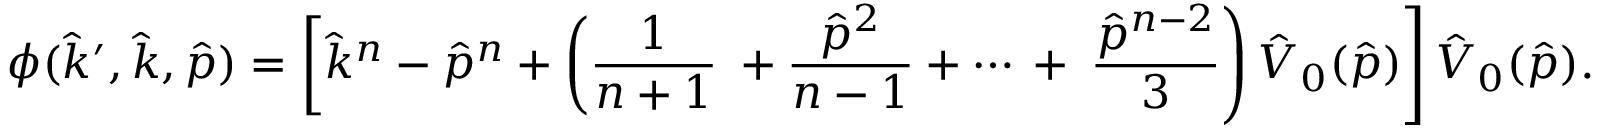
\phi ( \hat { k } ^ { \prime } , \hat { k } , \hat { p } ) = \left[ \hat { k } ^ { n } - \hat { p } ^ { n } + \left( { \frac { 1 } { n + 1 } } \right. \right. + { \frac { \hat { p } ^ { 2 } } { n - 1 } } + \cdots \, + \left. \left. { \frac { \hat { p } ^ { n - 2 } } { 3 } } \right) \hat { V } _ { 0 } ( \hat { p } ) \right] \hat { V } _ { 0 } ( \hat { p } ) .